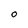
Character: O